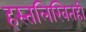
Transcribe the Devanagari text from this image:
हस्तलिखितही